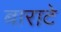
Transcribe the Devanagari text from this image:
बाराटे